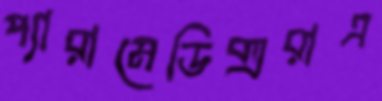
প্যারামেডিক্সরাএ